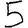
Digit: 5